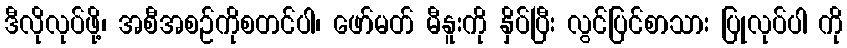
ဒီလိုလုပ်ဖို့၊ အစီအစဉ်ကိုစတင်ပါ၊ ဖော်မတ် မီနူးကို နှိပ်ပြီး လွင်ပြင်စာသား ပြုလုပ်ပါ ကို